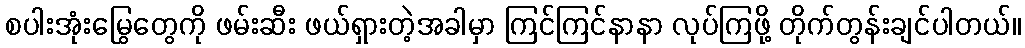
စပါးအုံးမြွေတွေကို ဖမ်းဆီး ဖယ်ရှားတဲ့အခါမှာ ကြင်ကြင်နာနာ လုပ်ကြဖို့ တိုက်တွန်းချင်ပါတယ်။